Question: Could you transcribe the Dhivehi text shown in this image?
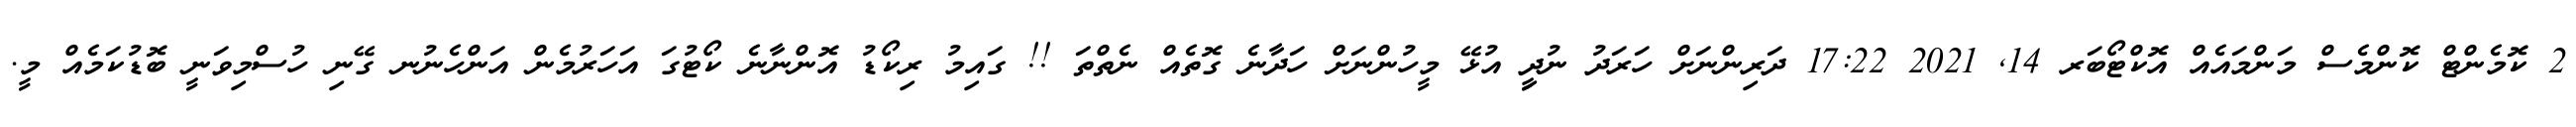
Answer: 2 ކޮމެންޓް ކޮންމެސް މަންމައެއް އޮކްޓޯބަރ 14, 2021 17:22 ދަރިންނަށް ހަރަދު ނުދިީ އުޅޭ މީހުންނަށް ހަދާނެ ގޮތެއް ނެތްތަ !! ގައިމު ރިކޯޑު އޮންނާނެ ކޯޓުގަ އަހަރުމެން އަންހެނުނ ގޭނި ހުސްމިވަނީ ބޮޑުކަމެއް މީ.